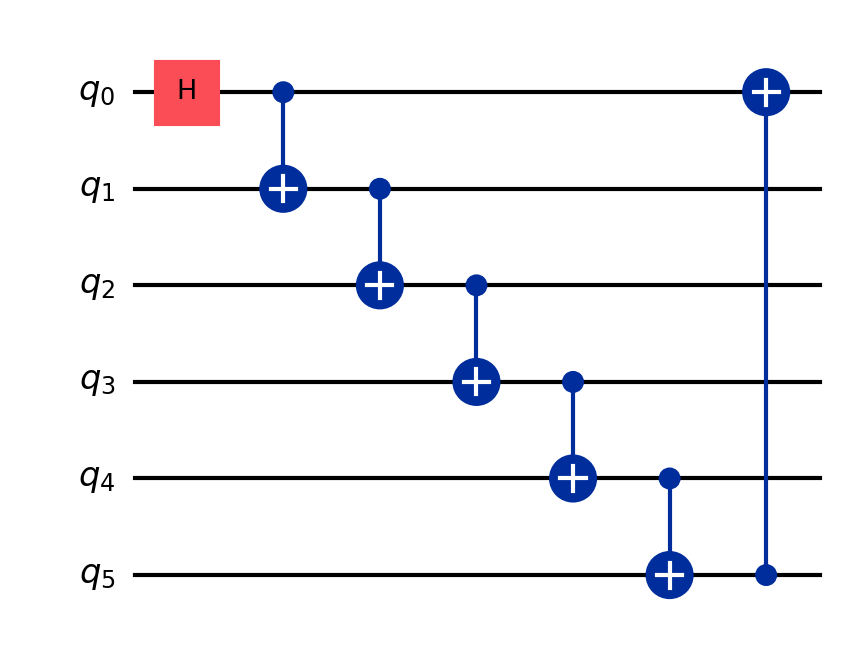
Description: 6-qubit ring topology entanglement
描述: 6量子比特环形拓扑纠缠
Category: qubit_scaling (difficulty: intermediate)
Qubits: 6, circuit depth: 7

Braket implementation:
from braket.circuits import Circuit
circuit = Circuit()
circuit.h(0)
for i in range(5):
    circuit.cnot(i, i + 1)
circuit.cnot(5, 0)

Qiskit implementation:
from qiskit import QuantumCircuit
circuit = QuantumCircuit(6)
circuit.h(0)
for i in range(5):
    circuit.cx(i, i + 1)
circuit.cx(5, 0)